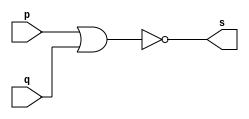
// ---------------------
// Guia 02_02 - AND
// Nome: Anderson Belchior de Carvalho
// ---------------------

// ---------------------
// -- nor gate
// ---------------------

module norgate (s, p, q);
 output s;
 input  p, q;
 
 assign s = ~( p | q);

endmodule // norgate

// ---------------------
// -- and gate with nor
// ---------------------

module andgate (s0, p, q);
 output s0;
 wire s1,  s2;
 input  p, q;
 
 norgate NOR1 (s1,p,p);
 norgate NOR2 (s2,q,q);
 norgate NOR3 (s0,s1,s2);

endmodule // andgate 


// ---------------------
// -- test and gate with nor
// ---------------------

module testandgate;
 reg   a, b;
 wire  s;
          // instancia
 andgate AND1 (s, a, b);
 
  initial begin:start
      a=0; b=0;
 end
 
          // parte principal
 initial begin
      $display("Guia 02_02 - Anderson Belchior de Carvalho - 396673");
      $display("Test AND gate");
      $display("\na & b = s\n");
      $monitor("%b & %b = %b", a, b, s);
  #1  a=0; b=1;
  
  #1  a=1; b=0;
  
  #1  a=1; b=1;
  
 end

endmodule // testandgate